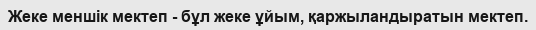
Жеке меншік мектеп - бұл жеке ұйым, қаржыландыратын мектеп.